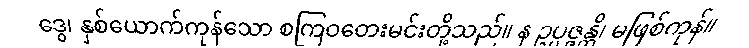
ဒွေ၊ နှစ်ယောက်ကုန်သော စကြဝတေးမင်းတို့သည်။ န ဥပ္ပဇ္ဇန္တိ၊ မဖြစ်ကုန်။